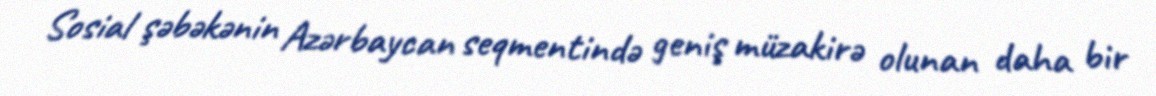
Sosial şəbəkənin Azərbaycan seqmentində geniş müzakirə olunan daha bir